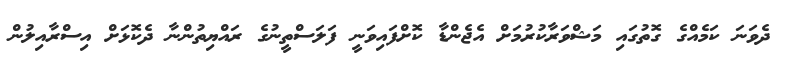
ދެވަނަ ކަމެއްގެ ގޮތުގައި މަޝްވަރާކުރުމަށް އެޖެންޑާ ކޮށްފައިވަނީ ފަލަސްތީނުގެ ރައްޔިތުންނާ ދެކޮޅަށް އިސްރާއިލުން